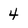
Character: 4